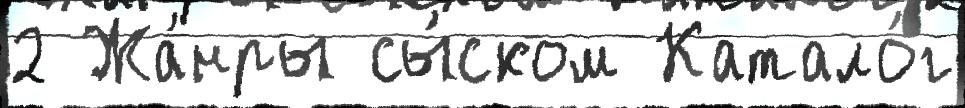
2 Жа́нры сы́ском Катало́г